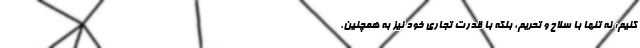
کنیم: نه تنها با سلاح و تحریم، بلکه با قدرت تجاری خود نیز به همچنین.